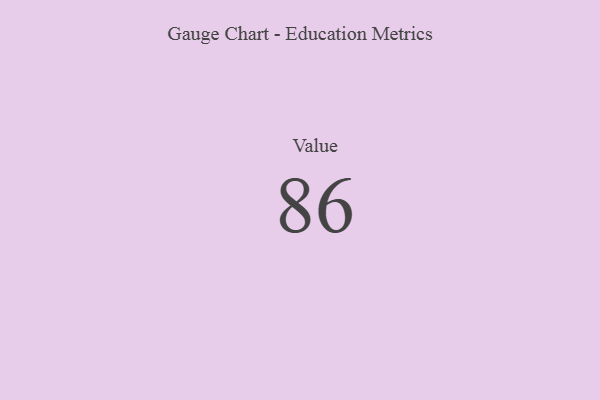
{"axis": {"x": "Metric", "y": "Value"}, "legend": [""], "data": [{"x": "Value", "y": 86, "type": ""}]}